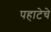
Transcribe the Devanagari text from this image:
पहाटेचे